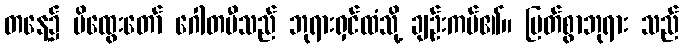
တနေ့၌ မိထွေးတော် ဂေါတမီသည် ဘုရားရှင်ထံသို့ ချဉ်းကပ်၏။ မြတ်စွာဘုရား သည်